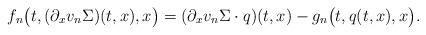
LaTeX: \begin{align*}&f_n\big(t, (\partial_xv_n\Sigma)(t, x),x \big) = (\partial_xv_n\Sigma\cdot q)(t,x) - g_n\big(t, q(t,x),x\big).\end{align*}